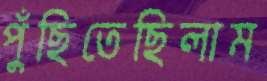
পুঁছিতেছিলাম